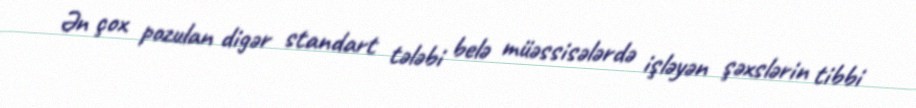
Ən çox pozulan digər standart tələbi belə müəssisələrdə işləyən şəxslərin tibbi